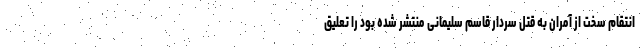
انتقام سخت از آمران به قتل سردار قاسم سلیمانی منتشر شده بود را تعلیق